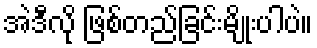
အဲဒီလို ဖြစ်တည်ခြင်းမျိုးပါပဲ။